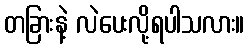
တခြားနဲ့ လဲပေးလို့ရပါသလား။